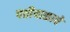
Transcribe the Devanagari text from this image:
पतीयाळाचे